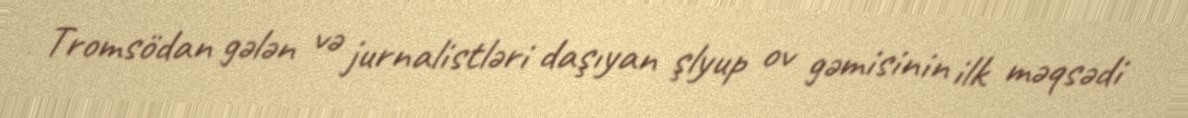
Tromsödan gələn və jurnalistləri daşıyan şlyup ov gəmisinin ilk məqsədi